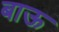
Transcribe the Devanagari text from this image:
बाऊ